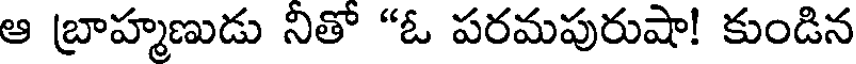
ఆ బ్రాహ్మణుడు నితో "ఓ పరమపురుషా! కుండిన